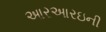
આરઆરઇની